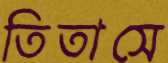
তিতাসে